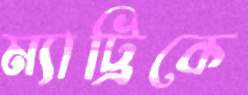
ম্যাট্রিকে